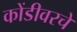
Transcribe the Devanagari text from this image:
कोंडीवरचे